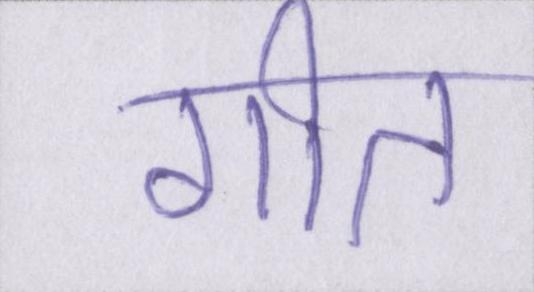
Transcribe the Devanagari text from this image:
गीत